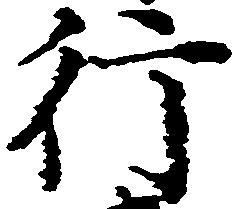
行